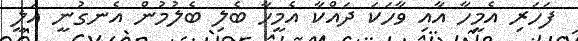
ފަހަރި އެމީހާ އާއި ވާހަކަ ދައްކާ އެމީހާ ބެލި ބެލުމުން އެނގުނީ އަލީ